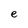
Character: e